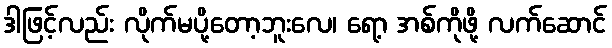
ဒါဖြင့်လည်း လိုက်မပို့တော့ဘူးလေ၊ ရော့ အစ်ကိုဖို့ လက်ဆောင်